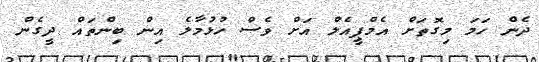
ދެން ހަމަ މިގޮތަށް އެމްޕީއެލް އަށް ވެސް ހުޅުމާލެ އިިން ބިންތައް ދީގެން